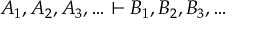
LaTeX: A _ { 1 } , A _ { 2 } , A _ { 3 } , \ldots \vdash B _ { 1 } , B _ { 2 } , B _ { 3 } , \ldots